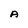
Character: A